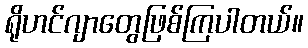
ရိုဟင်ဂျာတွေဖြစ်ကြပါတယ်။